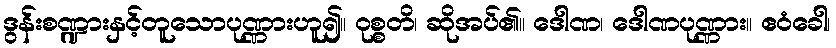
ဒွန်းစဏ္ဍားနှင့်တူသောပုဏ္ဏားဟူ၍။ ဝုစ္စတိ၊ ဆိုအပ်၏။ ဒေါဏ၊ ဒေါဏပုဏ္ဏား။ ဧဝံခေါ၊